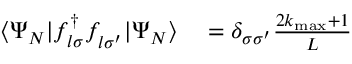
\begin{array} { r l } { \langle \Psi _ { N } | f _ { l \sigma } ^ { \dagger } f _ { l \sigma ^ { \prime } } ^ { \phantom { \dagger } } | \Psi _ { N } \rangle } & { { } = \delta _ { \sigma \sigma ^ { \prime } } \frac { 2 k _ { \mathrm { m a x } } + 1 } { L } } \end{array}